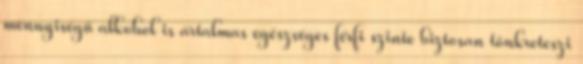
mennyiségű alkohol is ártalmas egészséges férfi szinte biztosan tönkreteszi